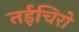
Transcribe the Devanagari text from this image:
तईचिरो